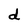
Character: d